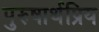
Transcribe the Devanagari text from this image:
पुरुषार्थप्रिय